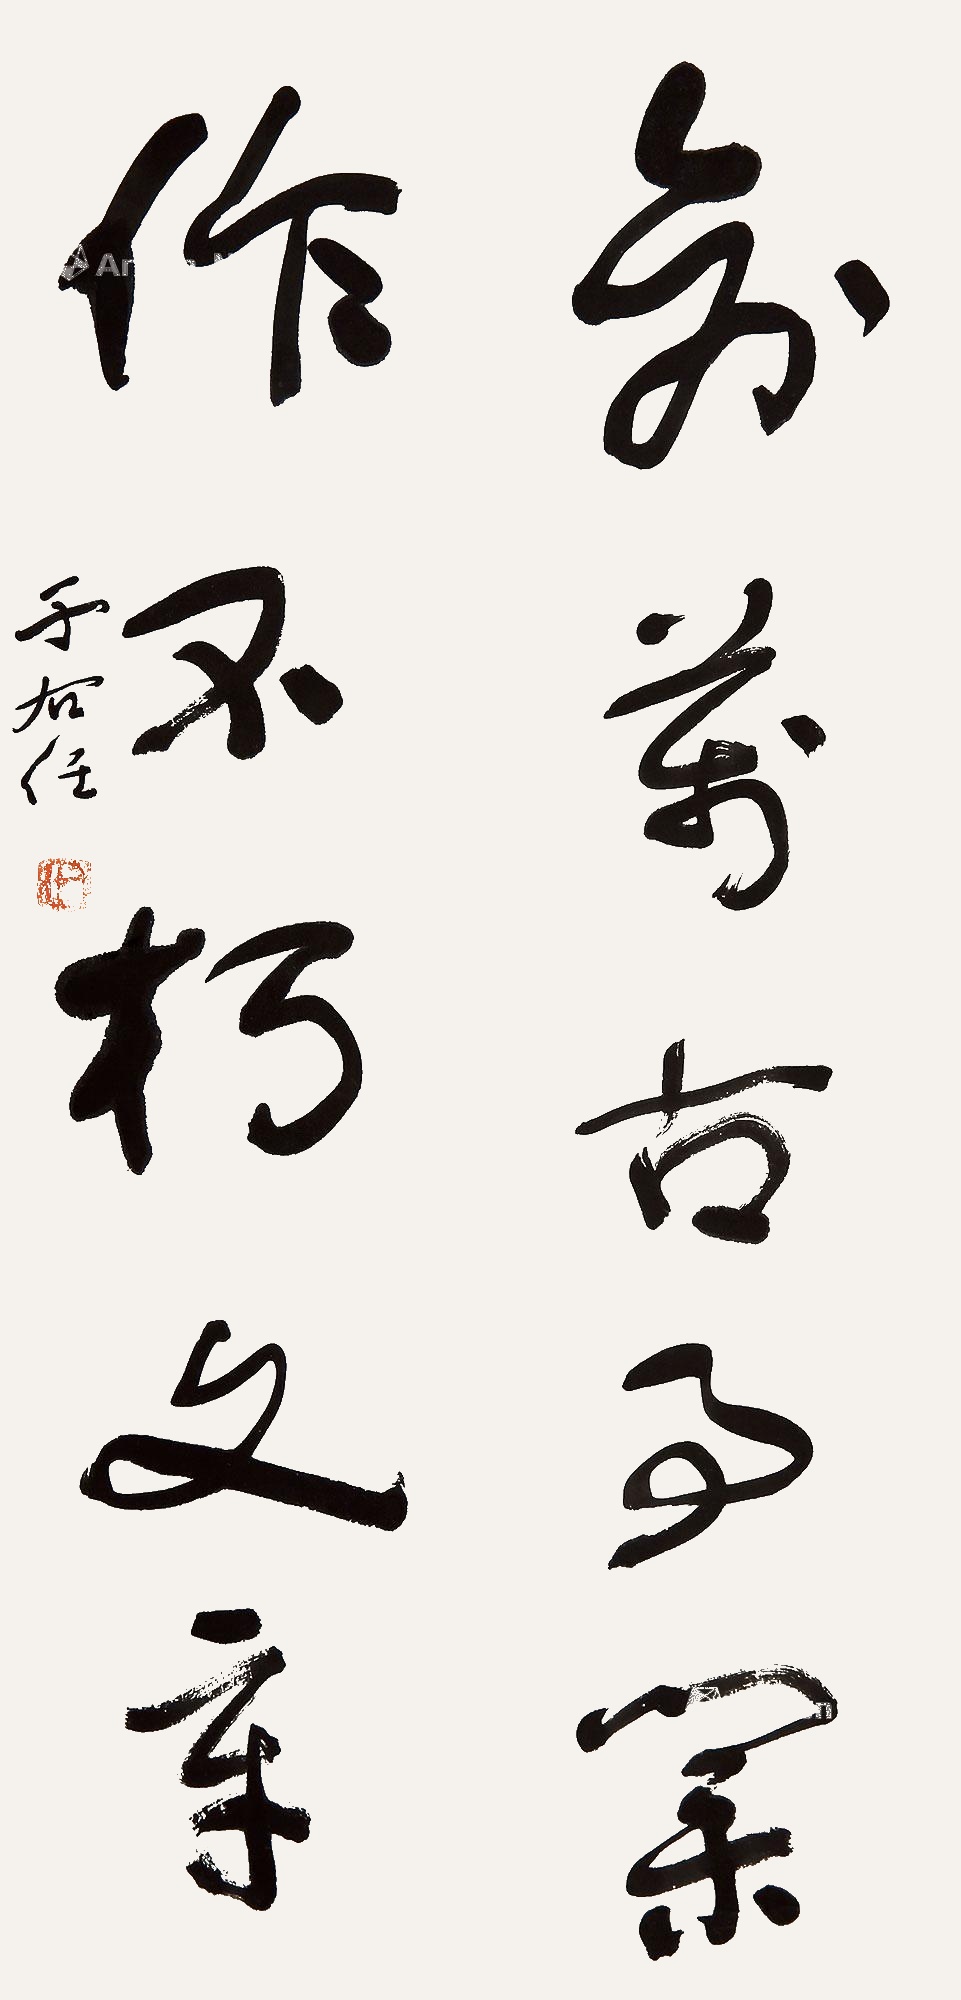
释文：创万古事业，作不朽文章。于右任